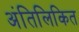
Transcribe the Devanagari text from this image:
अंतिलिकित